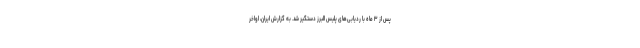
پس از ۳ ماه با ردیابی‌های پلیس البرز دستگیر شد. به گزارش ایران، اواخر